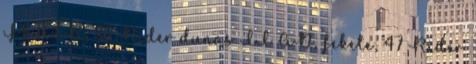
FEHÉR, 36 Rider dunas II AD, fekete, 47 Rider